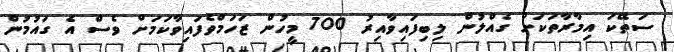
ސަތޭކަ އިމާރާތަކަށް ގެއްލުން ލިބިފައިވާއިރު 700 މީހުން ޒަހަމްވެފައިވާކަމަށް ވެސް އެ ގައުމުން